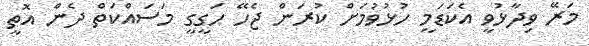
މަރޭ ވިދާޅުވީ އެކަޑަމީ ހުޅުވުމަށް ކުރަން ޖެހޭ ހަގީގީ މަސައްކަތް ދެން އޮތީ